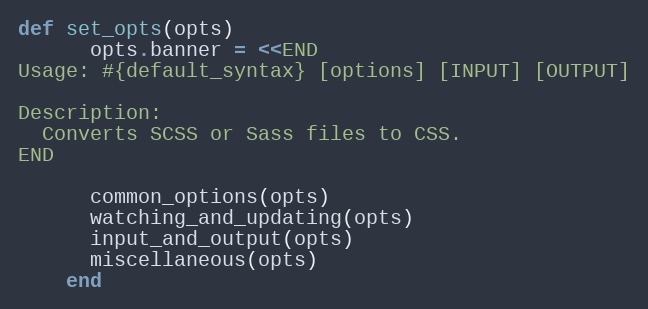
Language: Ruby
def set_opts(opts)
      opts.banner = <<END
Usage: #{default_syntax} [options] [INPUT] [OUTPUT]

Description:
  Converts SCSS or Sass files to CSS.
END

      common_options(opts)
      watching_and_updating(opts)
      input_and_output(opts)
      miscellaneous(opts)
    end